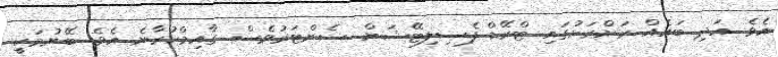
އެވެ. އަދި ބައެއް ރަށްރަށުގައި ޓްރޭޑް ފެސިލިޓޭޝަން ސެންޓަރުވެސް ގާއިމްކުރާނެ އެވެ. ބޭނުމަކީ